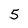
Character: 5